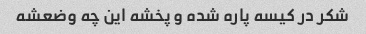
شکر در کیسه پاره شده و پخشه این چه وضعشه